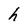
Character: h